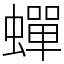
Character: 蟬